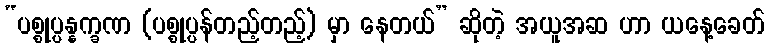
“ပစ္စုပ္ပန္နက္ခဏ (ပစ္စုပ္ပန်တည့်တည့်) မှာ နေတယ်” ဆိုတဲ့ အယူအဆ ဟာ ယနေ့ခေတ်